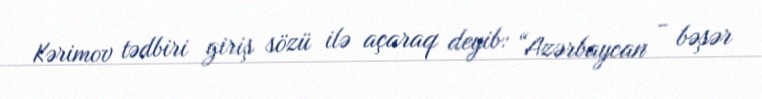
Kərimov tədbiri giriş sözü ilə açaraq deyib: “Azərbaycan - bəşər